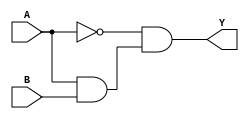
module xor_gate (
    input A, 
    input B, 
    output Y
);

wire inv_A;
wire gated_A;

assign inv_A = ~A;
assign gated_A = A & B;

assign Y = inv_A & gated_A;

endmodule